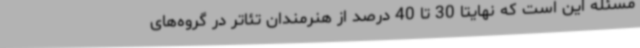
مسئله این است که نهایتاً 30 تا 40 درصد از هنرمندان تئاتر در گروه‌های